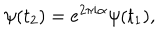
\psi ( t _ { 2 } ) = e ^ { 2 \pi i \alpha } \psi ( t _ { 1 } ) ,